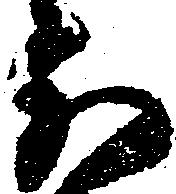
被